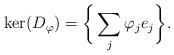
LaTeX: \begin{align*} \ker(D_{\varphi})=\bigg\{\sum_j\varphi_je_j\bigg\}.\end{align*}